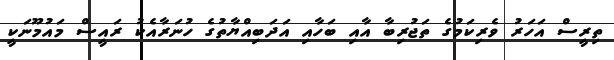
ތިރީސް އަހަރު ވެރިކަމުގެ ތަޖުރިބާ އާއި ބަހާއި އަދަބިއްޔާތުގެ ހުނަރާއެކު ރައީސް މައުމޫނަކީ